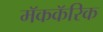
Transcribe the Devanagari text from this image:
मॅककॅरिक